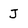
Character: J